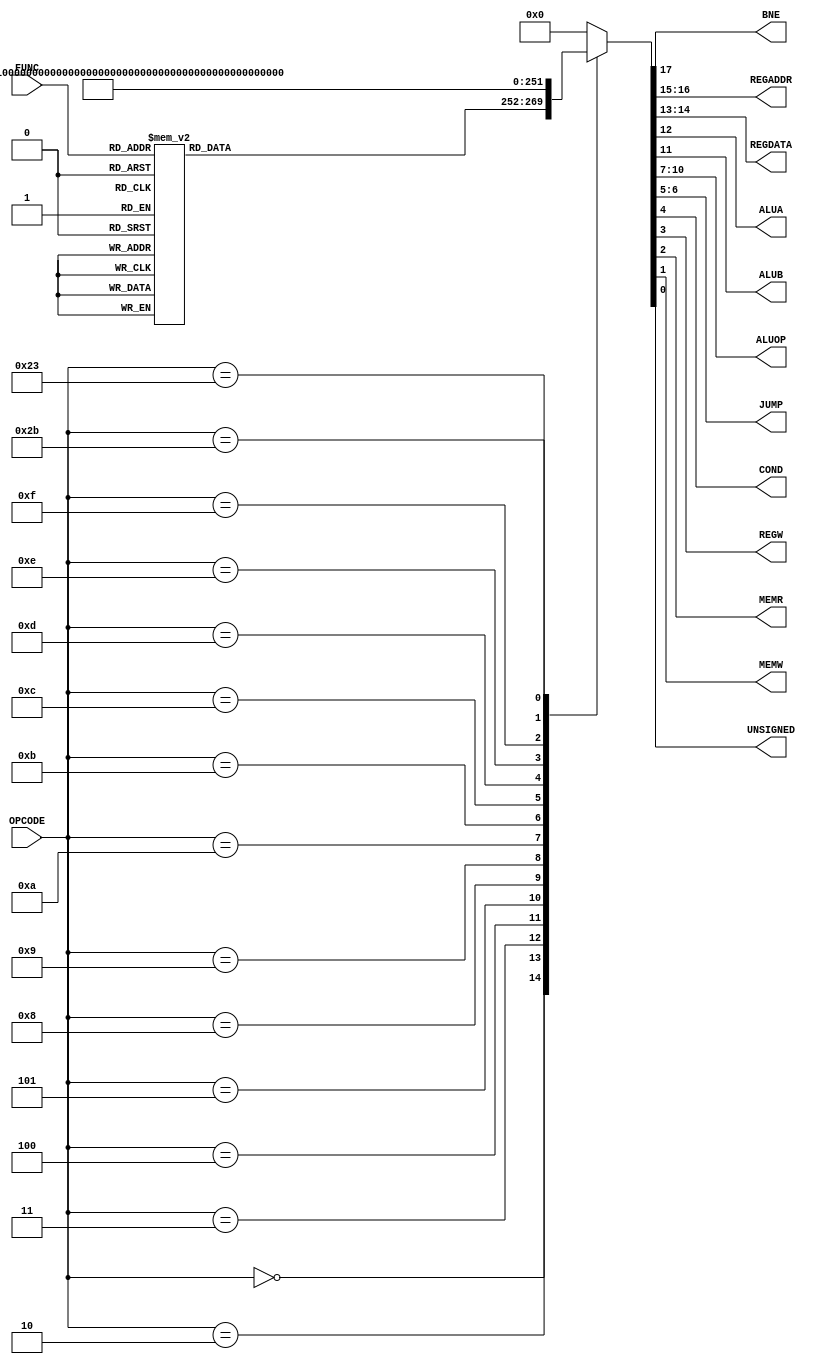
`timescale 1ns / 1ps
//////////////////////////////////////////////////////////////////////////////////
// Company: 
// Engineer: 
// 
// Design Name: 
// Module Name:    get_ctrl 
// Project Name: 
// Target Devices: 
// Tool versions: 
// Description: 
//
// Dependencies: 
//
// Revision: 
// Revision 0.01 - File Created
// Additional Comments: 
//
//////////////////////////////////////////////////////////////////////////////////
module get_ctrl(
	input wire [5:0] OPCODE,
	input wire [5:0] FUNC,
	output wire BNE,
	output wire [1:0] REGADDR,
	output wire [1:0] REGDATA,
	output wire ALUA,
	output wire ALUB,
	output wire [3:0] ALUOP,
	output wire [1:0] JUMP,
	output wire COND,
	output wire REGW,
	output wire MEMR,
	output wire MEMW,
	output wire UNSIGNED
   );
	
	reg [17:0] tmp;
	
	initial begin
		tmp=18'h0;
	end
	
	always@* begin
		case (OPCODE)
			6'h00:begin
						case (FUNC)
							6'h00:tmp=18'b010001011110001000;//sll  000000
							6'h02:tmp=18'b010001011110001000;//srl  000010
							6'h03:tmp=18'b010001011110001000;//sra  000011
							6'h04:tmp=18'b010000011110001000;//sllv 000100
							6'h06:tmp=18'b010000011110001000;//srlv 000110
							6'h07:tmp=18'b010000011110001000;//srav 000111
							6'h08:tmp=18'b010000011111100000;//jr	001000
							6'h20:tmp=18'b010000011110001000;//add  100000
							6'h21:tmp=18'b010000011110001001;//addu 100001
							6'h22:tmp=18'b010000011110001000;//sub  100010
							6'h23:tmp=18'b010000011110001001;//subu 100011
							6'h24:tmp=18'b010000011110001000;//and  100100
							6'h25:tmp=18'b010000011110001000;//or   100101
							6'h26:tmp=18'b010000011110001000;//xor  100110
							6'h27:tmp=18'b010000011110001000;//nor  100111
							6'h2A:tmp=18'b010000011110001000;//slt  101010
							6'h2B:tmp=18'b010000011110001001;//sltu 101011
							default:tmp=18'b000000000000000000;//null
						endcase
					end
			6'h02:tmp=18'b000000000000100000;//j 	000010
			6'h03:tmp=18'b001010000000101000;//jal	000011
			6'h04:tmp=18'b000000000100010000;//beq  000100
			6'h05:tmp=18'b100000000100010000;//bne  000101
			6'h08:tmp=18'b000000100000001000;//addi 001000
			6'h09:tmp=18'b000000100010001001;//addiu001001
			6'h0A:tmp=18'b000000101000001000;//slti 001010
			6'h0B:tmp=18'b000000101010001001;//sltiu001011
			6'h0C:tmp=18'b000000101100001000;//andi 001100
			6'h0D:tmp=18'b000000101110001000;//ori  001101
			6'h0E:tmp=18'b000000110000001000;//xori 001110
			6'h0F:tmp=18'b000000110100001000;//lui  001111
			6'h23:tmp=18'b000100100000001100;//lw   100011
			6'h2B:tmp=18'b000000100000000010;//sw   101011
			default:tmp=18'b000000000000000000;//null
		endcase
	end
	
	assign BNE=tmp[17];
	assign REGADDR=tmp[16:15];
	assign REGDATA=tmp[14:13];
	assign ALUA=tmp[12];
	assign ALUB=tmp[11];
	assign ALUOP=tmp[10:7];
	assign JUMP=tmp[6:5];
	assign COND=tmp[4];
	assign REGW=tmp[3];
	assign MEMR=tmp[2];
	assign MEMW=tmp[1];
	assign UNSIGNED=tmp[0];
	//ALUop
	//+  0000
	//+u 0001
	//-  0010
	//-u 0011
	//<  0100
	//<u 0101
	//and0110
	//or 0111
	//xor1000
	//lui1010
	//cal1111
endmodule